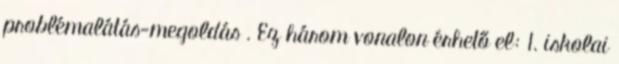
problémalátás-megoldás . Ez három vonalon érhető el: 1. iskolai